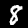
Label: 8